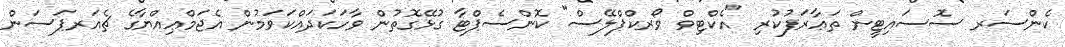
ކެންސަރ ސޮސައިޓީން ތަޢާރަފުކުރި "އެކްޓިވް ވޯރކްޕްލޭސް" ކޮންސެޕްޓާ ގުޅޭގޮތުން ވާހަކަދައްކަވަމުން އެޖަމްޢިއްޔާގެ ޗެއަރޕަސަން